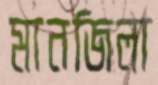
মানজিলা